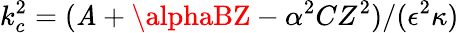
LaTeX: k_{c}^{2}=(\mathit{A}+\alphaBZ-\alpha^{2}CZ^{2})/(\epsilon^{2}\kappa)